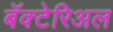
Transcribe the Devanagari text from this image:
बॅक्टेरिअल